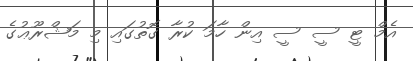
އެމް ޓީ ސީ ސީ އިން ހާމަ ކުރާ ގޮތުގައި މި މަޝްރޫޢުގެ